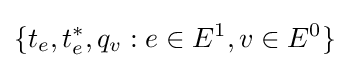
\{t_{e},t_{e}^{*},q_{v}:e\in E^{1},v\in E^{0}\}